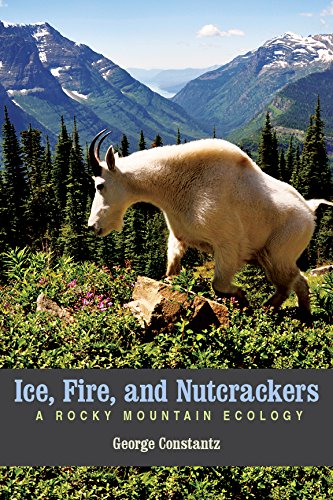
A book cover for Ice, Fire, and Nutcrackers: A Rocky Mountain Ecology; George Constantz; Science & Math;